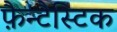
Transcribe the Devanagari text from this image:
फ़ैन्टैस्टिक